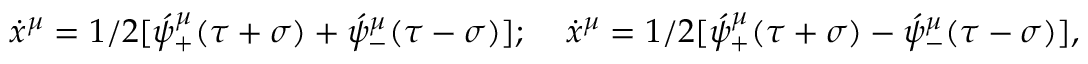
\dot { x } ^ { \mu } = 1 / 2 [ \acute { \psi } _ { + } ^ { \mu } ( \tau + \sigma ) + \acute { \psi } _ { - } ^ { \mu } ( \tau - \sigma ) ] ; \; \; \; \; \dot { x } ^ { \mu } = 1 / 2 [ \acute { \psi } _ { + } ^ { \mu } ( \tau + \sigma ) - \acute { \psi } _ { - } ^ { \mu } ( \tau - \sigma ) ] ,